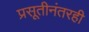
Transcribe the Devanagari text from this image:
प्रसूतीनंतरही